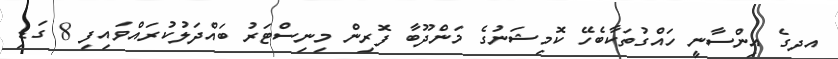
އދގެ އިންސާނީ ހައްގުތަކާބެހޭ ކޮމިޝަނުގެ މަންދޫބާ ފޮރިން މިނިސްޓަރު ބައްދަލުކުރައްވައިިފި 8 ގަޑި